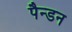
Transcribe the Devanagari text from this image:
पैन्डन